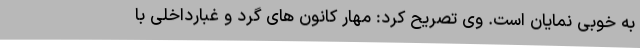
به خوبی نمایان است. وی تصریح کرد: مهار کانون های گرد و غبارداخلی با